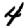
Digit: 4